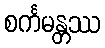
စင်္ကမန္တဿ